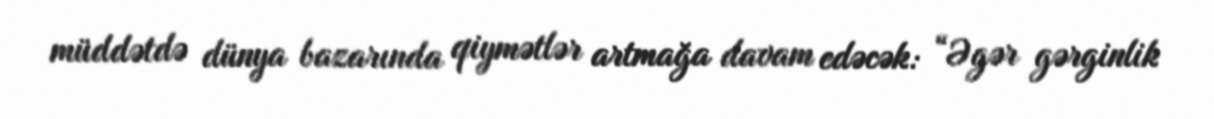
müddətdə dünya bazarında qiymətlər artmağa davam edəcək: “Əgər gərginlik